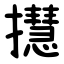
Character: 㩨